Problem: 6 + 16 = ?
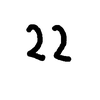
Handwritten answer: 22